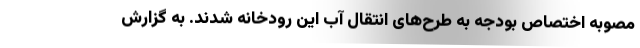
مصوبه اختصاص بودجه به طرح‌های انتقال آب این رودخانه شدند. به گزارش